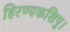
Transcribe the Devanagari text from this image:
हिरण्यकशिपु।